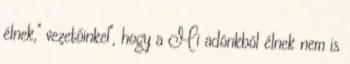
élnek," vezetőinkel", hogy a Mi adónkból élnek nem is